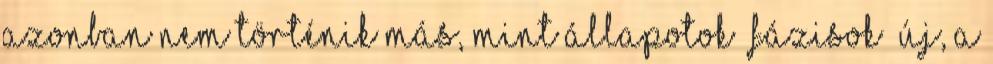
azonban nem történik más, mint állapotok „fázisok” új, a